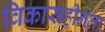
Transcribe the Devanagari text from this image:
विकासहीनता